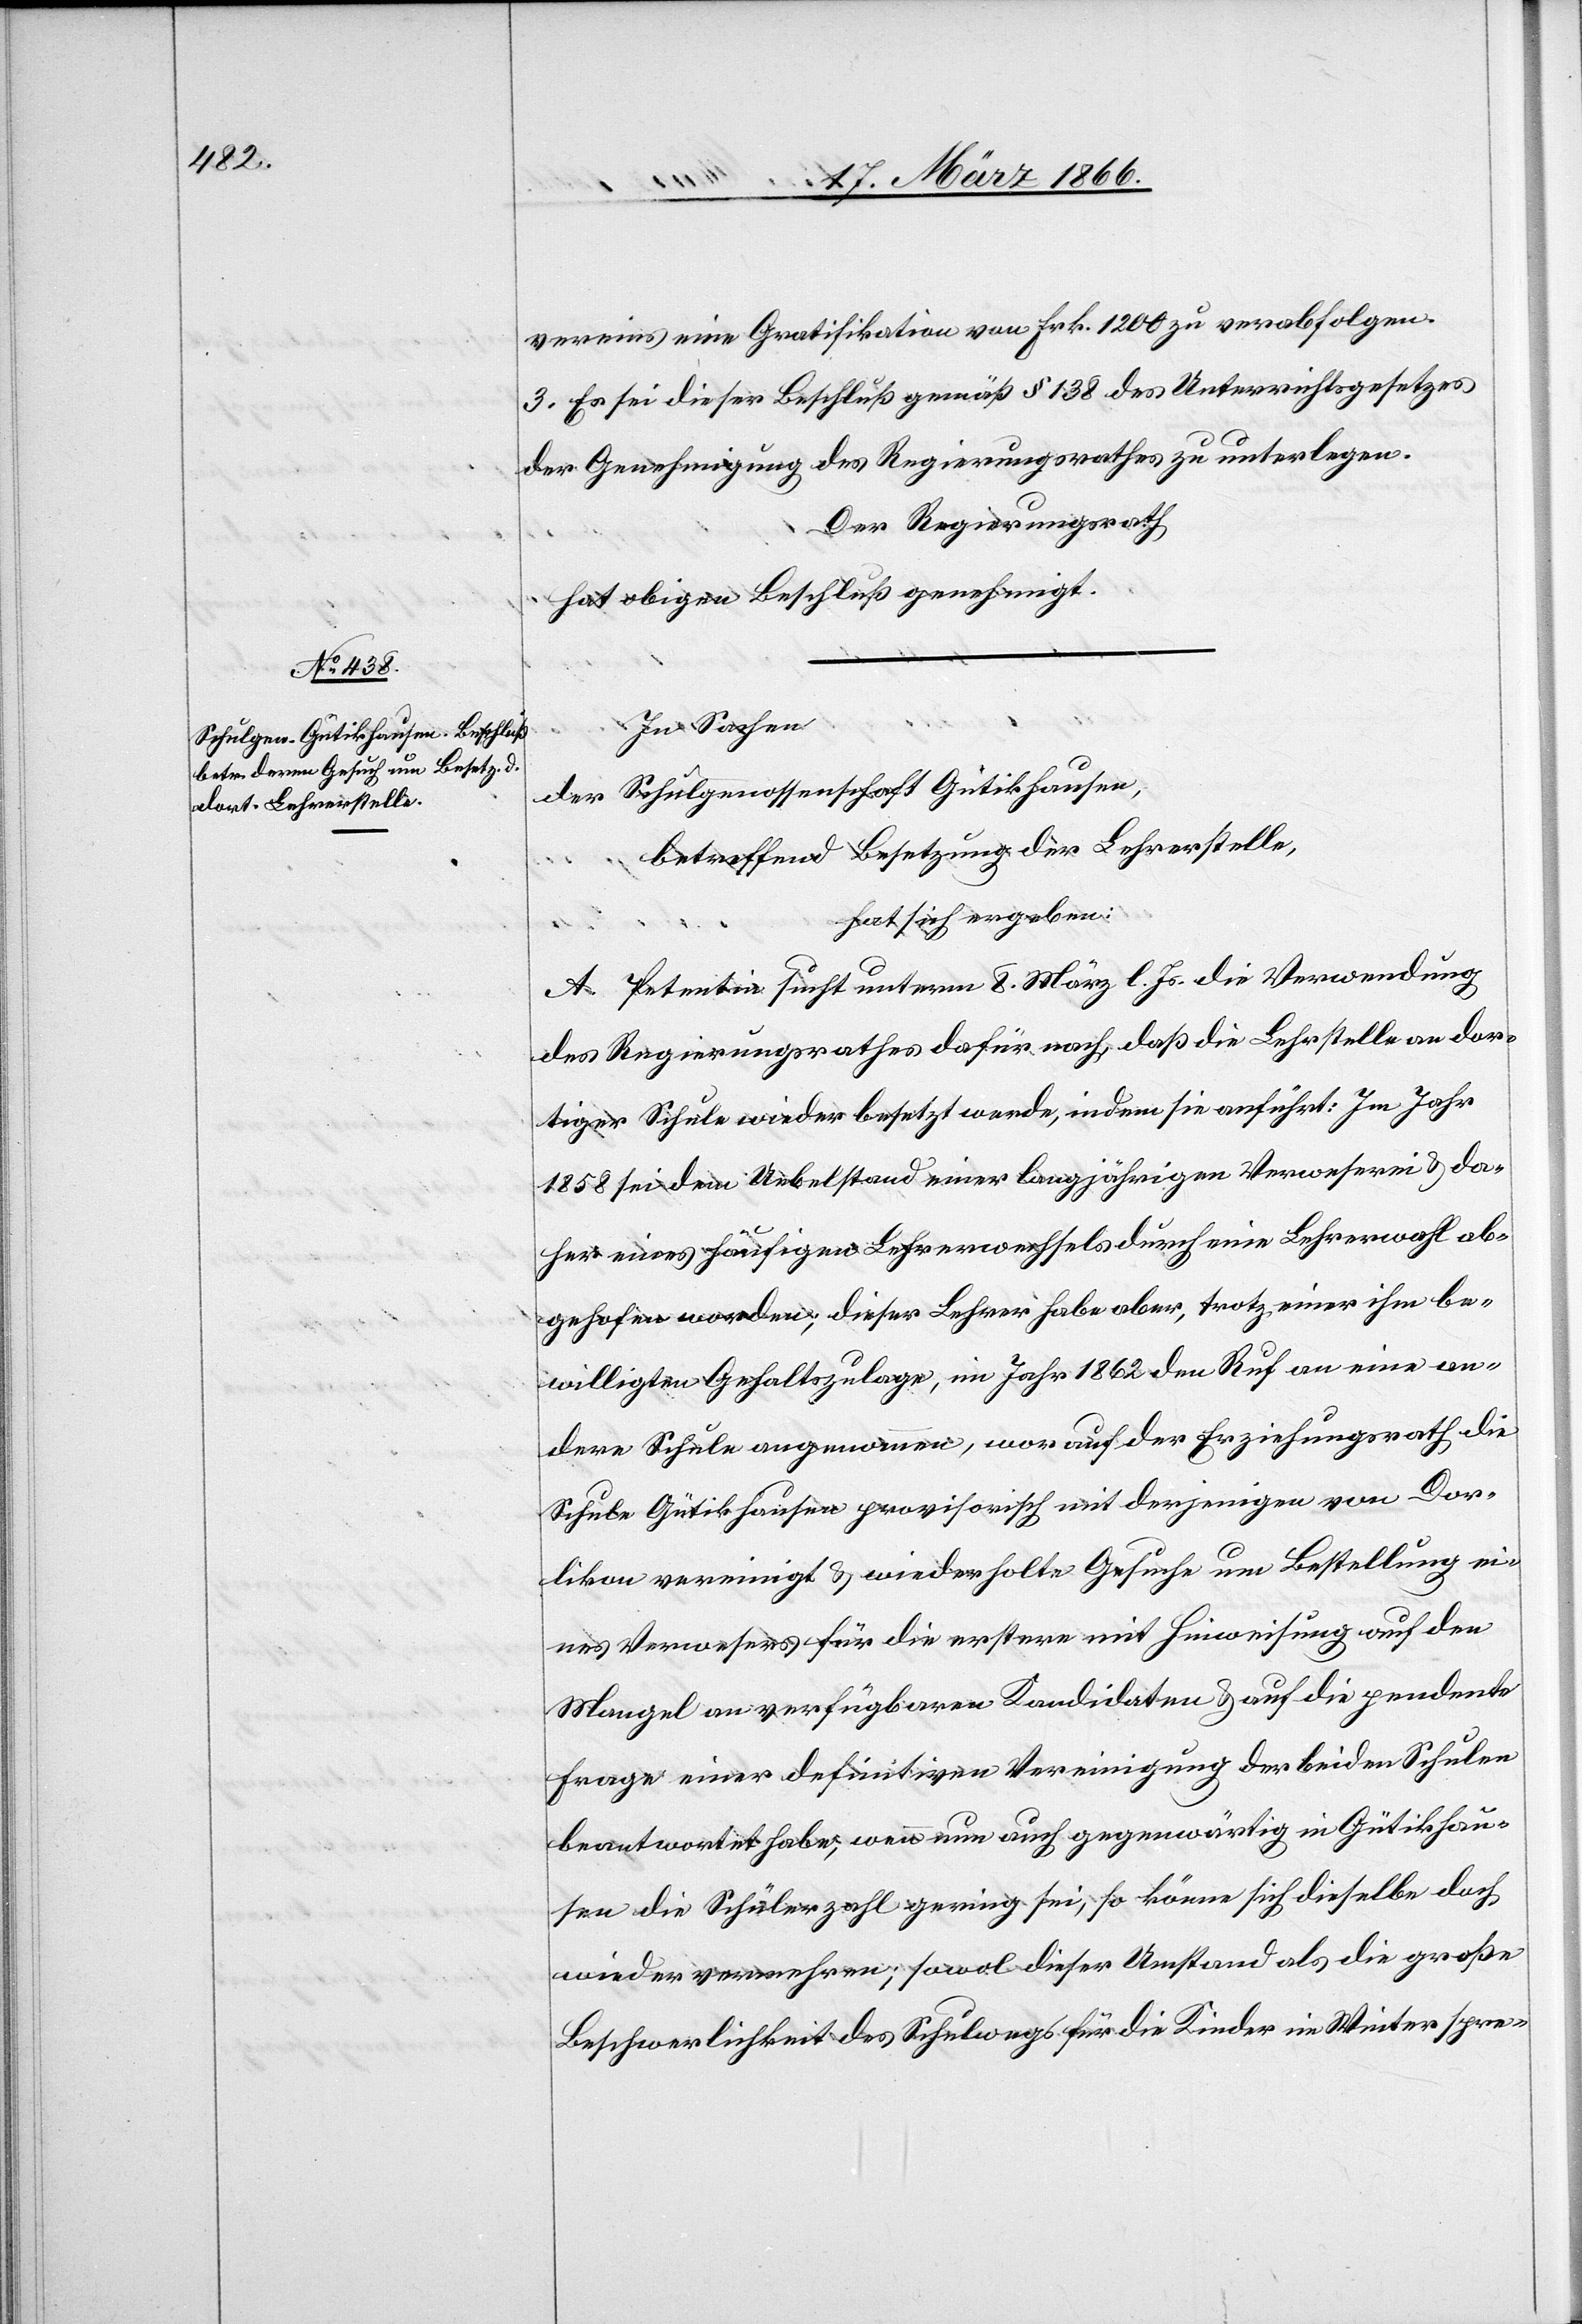
vereins eine Gratifikation von Frk. 1200 zu verabfolgen.
3. Es sei dieser Beschluß gemäß § 138 des Unterrichtsgesetzes
der Genehmigung des Regierungsrathes zu unterlegen.
Der Regierungsrath
hat obigen Beschluß genehmigt.
In Sachen
der Schulgenossenschaft Gutikhausen,
betreffend Besetzung der Lehrerstelle,
hat sich ergeben:
A. Petentin sucht unterm 8. März l. Js. die Verwendung
des Regierungsrathes dafür nach, daß die Lehrstelle an dor¬
tiger Schule wieder besetzt werde, indem sie anführt: Im Jahr
1858 sei dem Uebelstand einer langjährigen Verweserei u. da¬
her eines häufigen Lehrerwechsels durch eine Lehrerwahl ab¬
gehofen [sic!] worden, dieser Lehrer habe aber, trotz einer ihm be¬
willigten Gehaltszulage, im Jahr 1862 den Ruf an eine an¬
dere Schule angenommen, worauf der Erziehungsrath die
Schule Gütikhausen provisorisch mit derjenigen von Dor¬
likon vereinigt u. wiederholte Gesuche um Bestellung ei¬
nes Verwesers für die erstere mit Hinweisung auf den
Mangel an verfügbaren Kandidaten u. auf die pendente
Frage einer definitiven Vereinigung der beiden Schulen
beantwortet habe, wenn nun auch gegenwärtig in Gütikhau¬
sen die Schülerzahl gering sei, so könne sich dieselbe doch
wieder vermehren; sowol dieser Umstand als die große
Beschwerlichkeit des Schulwegs für die Kinder im Winter spre-